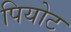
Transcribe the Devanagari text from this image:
पियोट